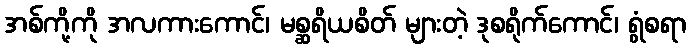
အစ်ကို့ကို အလကားကောင်၊ မစ္ဆရိယစိတ် များတဲ့ ဒုစရိုက်ကောင်၊ ရွံစရာ